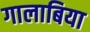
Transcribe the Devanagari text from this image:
गालाबिया